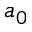
a _ { 0 }